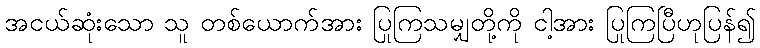
အငယ်ဆုံးသော သူ တစ်ယောက်အား ပြုကြသမျှတို့ကို ငါ့အား ပြုကြပြီဟုပြန်၍